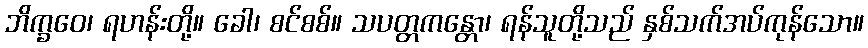
ဘိက္ခဝေ၊ ရဟန်းတို့။ ခေါ၊ စင်စစ်။ သပတ္တကန္တော၊ ရန်သူတို့သည် နှစ်သက်အပ်ကုန်သော။